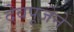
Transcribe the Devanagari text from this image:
देवपूजेने